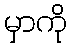
မှာကို